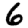
Digit: 6